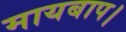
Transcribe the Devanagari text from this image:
मायबाप।